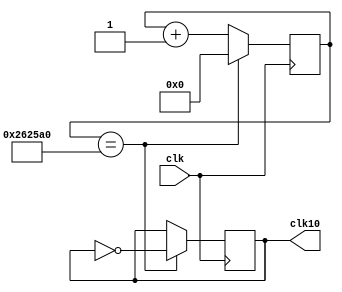
module SignalFrequency(
    // input CLOCK_50, //for test
	 input clk,
    output reg clk10
    );
	 
	reg [22:0] count;
	
	initial
	begin
		count = 0;
		clk10 = 1;
	end
	
	always @ (posedge clk) begin
        begin
			count <= count + 1;
			if (count == 2500000) begin
				count <= 0;
				clk10 <= ~clk10;
			end
		end
	end

endmodule